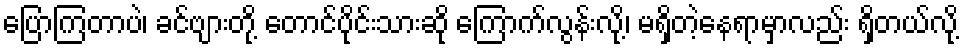
ပြောကြတာပဲ၊ ခင်ဗျားတို့ တောင်ပိုင်းသားဆို ကြောက်လွန်းလို့၊ မရှိတဲ့နေရာမှာလည်း ရှိတယ်လို့